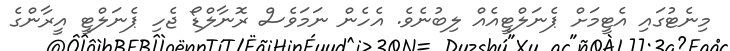
މިނެޓުގައި އެޓީމަށް ޕެނަލްޓީއެއް ލިބުނެވެ. އެހެން ނަމަވެސް ރޮނާލްޑޯ ޖެހި ޕެނަލްޓީ އީރާންގެ